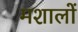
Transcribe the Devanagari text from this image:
मशालों